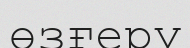
өзғеру